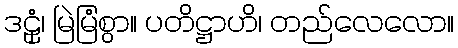
ဒဠှံ၊ မြဲမြံစွာ။ ပတိဋ္ဌာဟိ၊ တည်လေလော။